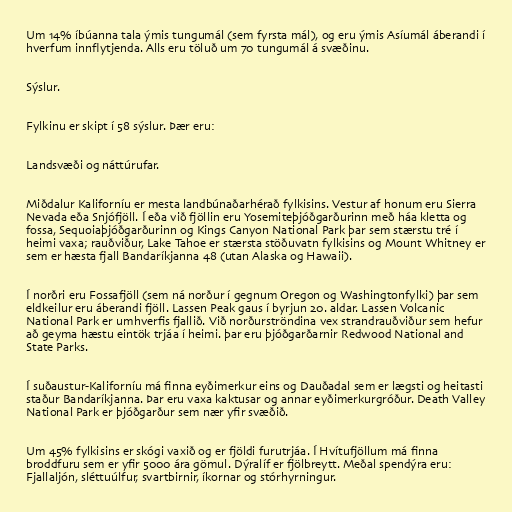
Um 14% íbúanna tala ýmis tungumál (sem fyrsta mál), og eru ýmis Asíumál áberandi í
hverfum innflytjenda. Alls eru töluð um 70 tungumál á svæðinu.

Sýslur.

Fylkinu er skipt í 58 sýslur. Þær eru:

Landsvæði og náttúrufar.

Miðdalur Kaliforníu er mesta landbúnaðarhérað fylkisins. Vestur af honum eru Sierra
Nevada eða Snjófjöll. Í eða við fjöllin eru Yosemiteþjóðgarðurinn með háa kletta og
fossa, Sequoiaþjóðgarðurinn og Kings Canyon National Park þar sem stærstu tré í
heimi vaxa; rauðviður, Lake Tahoe er stærsta stöðuvatn fylkisins og Mount Whitney er
sem er hæsta fjall Bandaríkjanna 48 (utan Alaska og Hawaii).

Í norðri eru Fossafjöll (sem ná norður í gegnum Oregon og Washingtonfylki) þar sem
eldkeilur eru áberandi fjöll. Lassen Peak gaus í byrjun 20. aldar. Lassen Volcanic
National Park er umhverfis fjallið. Við norðurströndina vex strandrauðviður sem hefur
að geyma hæstu eintök trjáa í heimi. þar eru þjóðgarðarnir Redwood National and
State Parks.

Í suðaustur-Kaliforníu má finna eyðimerkur eins og Dauðadal sem er lægsti og heitasti
staður Bandaríkjanna. Þar eru vaxa kaktusar og annar eyðimerkurgróður. Death Valley
National Park er þjóðgarður sem nær yfir svæðið.

Um 45% fylkisins er skógi vaxið og er fjöldi furutrjáa. Í Hvítufjöllum má finna
broddfuru sem er yfir 5000 ára gömul. Dýralíf er fjölbreytt. Meðal spendýra eru:
Fjallaljón, sléttuúlfur, svartbirnir, íkornar og stórhyrningur.